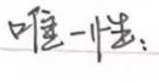
唯一办法：